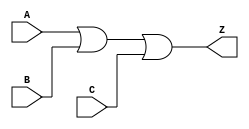
// --------------------------------------------------------------------
// >>>>>>>>>>>>>>>>>>>>>>>>> COPYRIGHT NOTICE <<<<<<<<<<<<<<<<<<<<<<<<<
// --------------------------------------------------------------------
// Copyright (c) 2005 by Lattice Semiconductor Corporation
// --------------------------------------------------------------------
//
//
//                     Lattice Semiconductor Corporation
//                     5555 NE Moore Court
//                     Hillsboro, OR 97214
//                     U.S.A.
//
//                     TEL: 1-800-Lattice  (USA and Canada)
//                          1-408-826-6000 (other locations)
//
//                     web: http://www.latticesemi.com/
//
// --------------------------------------------------------------------
//
// Simulation Library File for SC
//
// $Header: /home/dmsys/pvcs/RCSMigTest/rcs/verilog/pkg/versclibs/data/orca5/RCS/OR3.v,v 1.3 2005/05/19 19:06:57 pradeep Exp $ 
//
`resetall
`timescale 1 ns / 1 ps

`celldefine

module OR3 (A, B, C, Z);
  input A, B, C;
  output Z;

  or (Z, A, B, C);


endmodule 

`endcelldefine